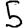
Digit: 5